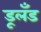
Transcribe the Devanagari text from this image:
डूलँड